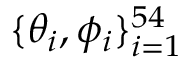
\{ \theta _ { i } , \phi _ { i } \} _ { i = 1 } ^ { 5 4 }